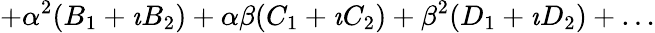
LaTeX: +\alpha^{2}(B_{1}+\imath B_{2})+\alpha\beta(C_{1}+\imath C_{2})+\beta^{2}(D_{1}+\imath D_{2})+\ldots